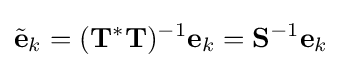
{\tilde {\mathbf {e} }}_{k}=(\mathbf {T} ^{*}\mathbf {T} )^{-1}\mathbf {e} _{k}=\mathbf {S} ^{-1}\mathbf {e} _{k}